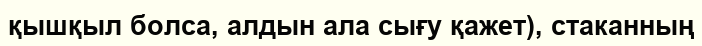
қышқыл болса, алдын ала сығу қажет), стаканның